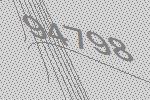
94798